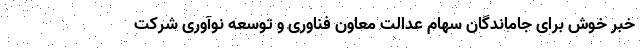
خبر خوش برای جاماندگان سهام عدالت معاون فناوری و توسعه نوآوری شرکت